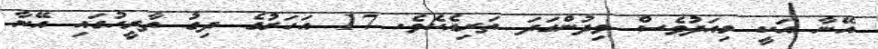
އޭނާ އަކީ މިއަދުވެސް ވިދުންގަދަ ތަރިއެކެވެ. 17 އަހަރުގެ ދިގު ތާރީހުގައި އޭނާ